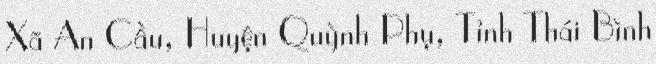
Xã An Cầu, Huyện Quỳnh Phụ, Tỉnh Thái Bình